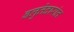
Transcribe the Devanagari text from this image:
बलुतेदारांत